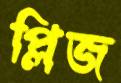
প্লিজ